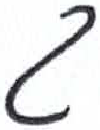
אות: ג